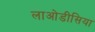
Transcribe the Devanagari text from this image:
लाओडीसिया